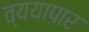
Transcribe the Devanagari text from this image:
व्ययापार